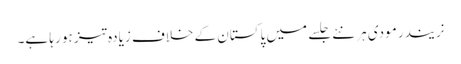
نریندر مودی ہر نئے جلسے میں پاکستان کے خلاف زیادہ تیز ہو رہا ہے۔